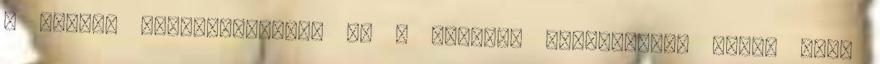
a jógit. Patandzsalinál ez a vicsára fokozatának felel meg,